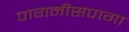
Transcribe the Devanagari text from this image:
पागनीसपागा